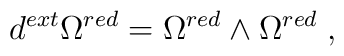
d^{ext} \Omega^{red} = \Omega^{red} \wedge\Omega^{red} \;,